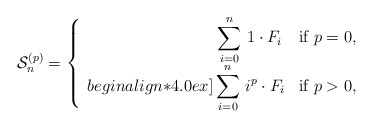
\begin{align*} \mathcal{S}_n^{(p)} = \left\{ \begin{array}{rl}\displaystyle\sum_{i=0}^{n} \, 1 \cdot F_{i} \, & \mbox{if $p=0$},\\begin{align*}4.0ex]\displaystyle\sum_{i=0}^{n} \, i^p \cdot F_{i} & \mbox{if $p>0$},\end{array} \right. \end{align*}